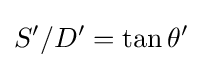
S'/D'=\tan \theta '